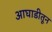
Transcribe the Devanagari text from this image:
आघाडीतून